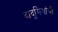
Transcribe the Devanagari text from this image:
दादूमियांची